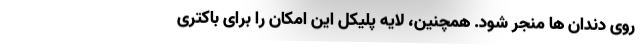
روی دندان ها منجر شود. همچنین، لایه پلیکل این امکان را برای باکتری